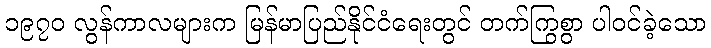
၁၉၇၀ လွန်ကာလများက မြန်မာပြည်နိုင်ငံရေးတွင် တက်ကြွစွာ ပါဝင်ခဲ့သော